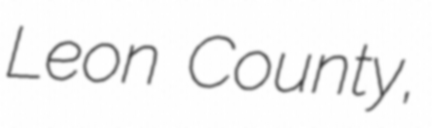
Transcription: Leon County,